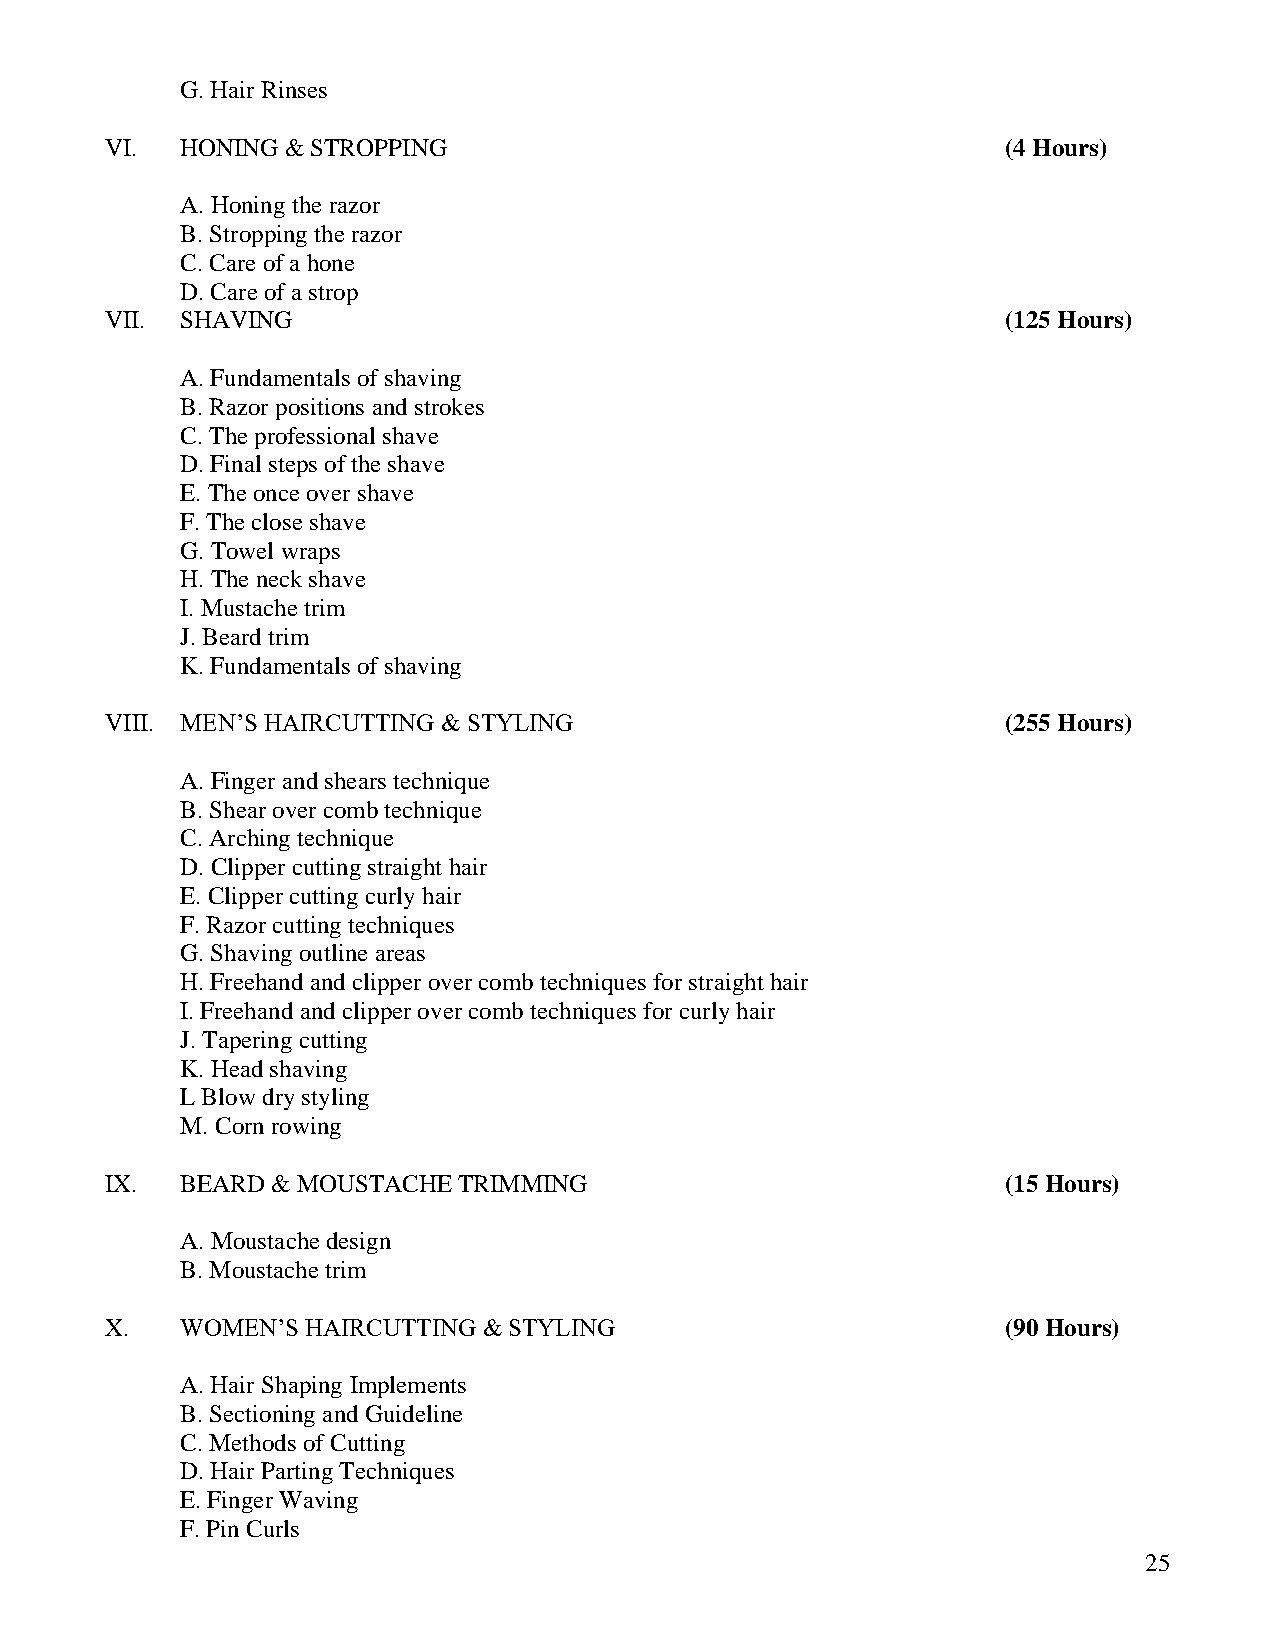
G. Hair Rinses
 VI.  HONING & STROPPING                                     (4 Hours)
 A. Honing the razor
 B. Stropping the razor
 C. Care of a hone
 D. Care of a strop
 VII. SHAVING                                                (125 Hours)
 A. Fundamentals of shaving
 B. Razor positions and strokes
 C. The professional shave
 D. Final steps of the shave
 E. The once over shave
 F. The close shave
 G. Towel wraps
 H. The neck shave
 I. Mustache trim
 J. Beard trim
 K. Fundamentals of shaving
 VIII. MEN’S HAIRCUTTING & STYLING                           (255 Hours)
 A. Finger and shears technique
 B. Shear over comb technique
 C. Arching technique
 D. Clipper cutting straight hair
 E. Clipper cutting curly hair
 F. Razor cutting techniques
 G. Shaving outline areas
 H. Freehand and clipper over comb techniques for straight hair
 I. Freehand and clipper over comb techniques for curly hair
 J. Tapering cutting
 K. Head shaving
 L Blow dry styling
 M. Corn rowing
 IX.  BEARD & MOUSTACHE TRIMMING                             (15 Hours)
 A. Moustache design
 B. Moustache trim
 X.   WOMEN’S HAIRCUTTING & STYLING                          (90 Hours)
 A. Hair Shaping Implements
 B. Sectioning and Guideline
 C. Methods of Cutting
 D. Hair Parting Techniques
 E. Finger Waving
 F. Pin Curls
 25